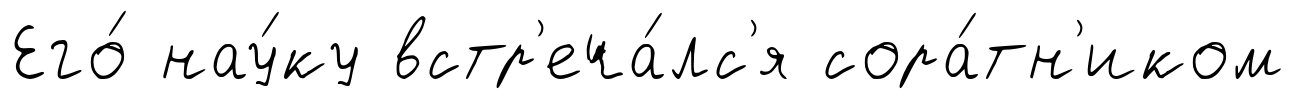
Его́ нау́ку встр'еча́лс'я сора́тн'иком